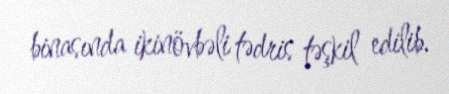
binasında ikinövbəli tədris təşkil edilib.